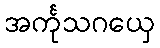
အင်္ကုသဂယှေ